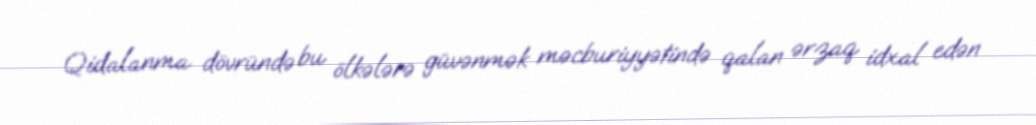
Qidalanma dövründə bu ölkələrə güvənmək məcburiyyətində qalan ərzaq idxal edən